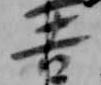
吉